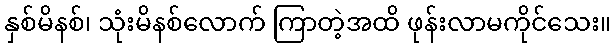
နှစ်မိနစ်၊ သုံးမိနစ်လောက် ကြာတဲ့အထိ ဖုန်းလာမကိုင်သေး။